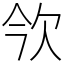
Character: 欦